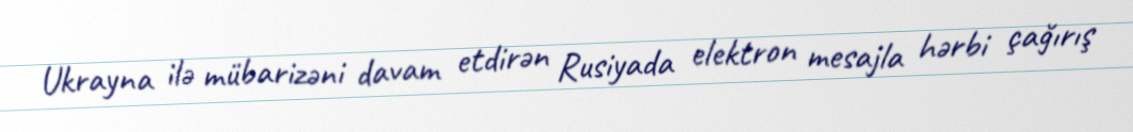
Ukrayna ilə mübarizəni davam etdirən Rusiyada elektron mesajla hərbi çağırış